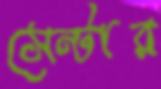
সেন্টার